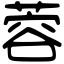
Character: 蓉